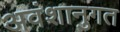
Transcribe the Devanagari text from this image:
अवंशानुगत